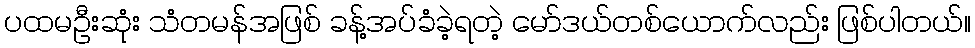
ပထမဦးဆုံး သံတမန်အဖြစ် ခန့်အပ်ခံခဲ့ရတဲ့ မော်ဒယ်တစ်ယောက်လည်း ဖြစ်ပါတယ်။